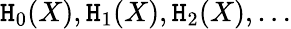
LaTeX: \mathtt{H}_{0}(X),\mathtt{H}_{1}(X),\mathtt{H}_{2}(X),\ldots